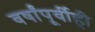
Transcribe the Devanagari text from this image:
वर्षांपूर्वीही